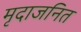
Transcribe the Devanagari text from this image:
मृदाजनित